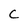
Character: C